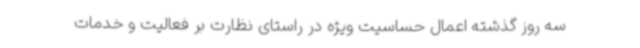
سه روز گذشته اعمال حساسیت ویژه در راستای نظارت بر فعالیت و خدمات